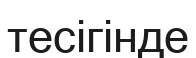
тесігінде